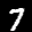
Label: 7